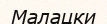
Малацки